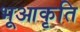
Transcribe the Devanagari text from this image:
भूआकृति